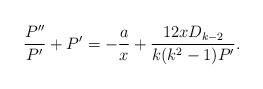
LaTeX: \begin{align*} \frac{P''}{P'} +P' = - \frac{a}{x} + \frac{12x D_{k-2}}{k(k^2-1) P'} .\end{align*}